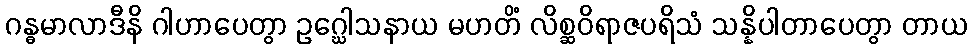
ဂန္ဓမာလာဒီနိ ဂါဟာပေတွာ ဥဂ္ဃေါသနာယ မဟတိံ လိစ္ဆဝိရာဇပရိသံ သန္နိပါတာပေတွာ တာယ